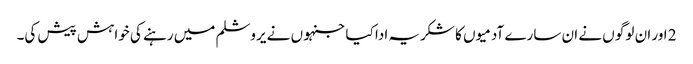
2 اور ان لوگو ں نے ان سارے آدمیو ں کا شکریہ ادا کیا جنہو ں نے یروشلم میں رہنے کی خواہش پیش کی۔